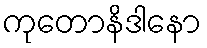
ကုတောနိဒါနော